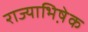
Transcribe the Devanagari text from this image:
राज्याभिषे़क